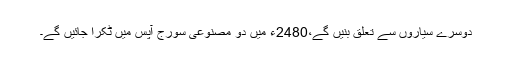
دوسرے سیاروں سے تعلق بنیں گے،2480ء میں دو مصنوعی سورج آپس میں ٹکرا جائیں گے۔